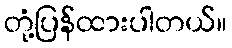
တုံ့ပြန်ထားပါတယ်။